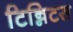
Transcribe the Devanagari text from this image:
टिन्निटस